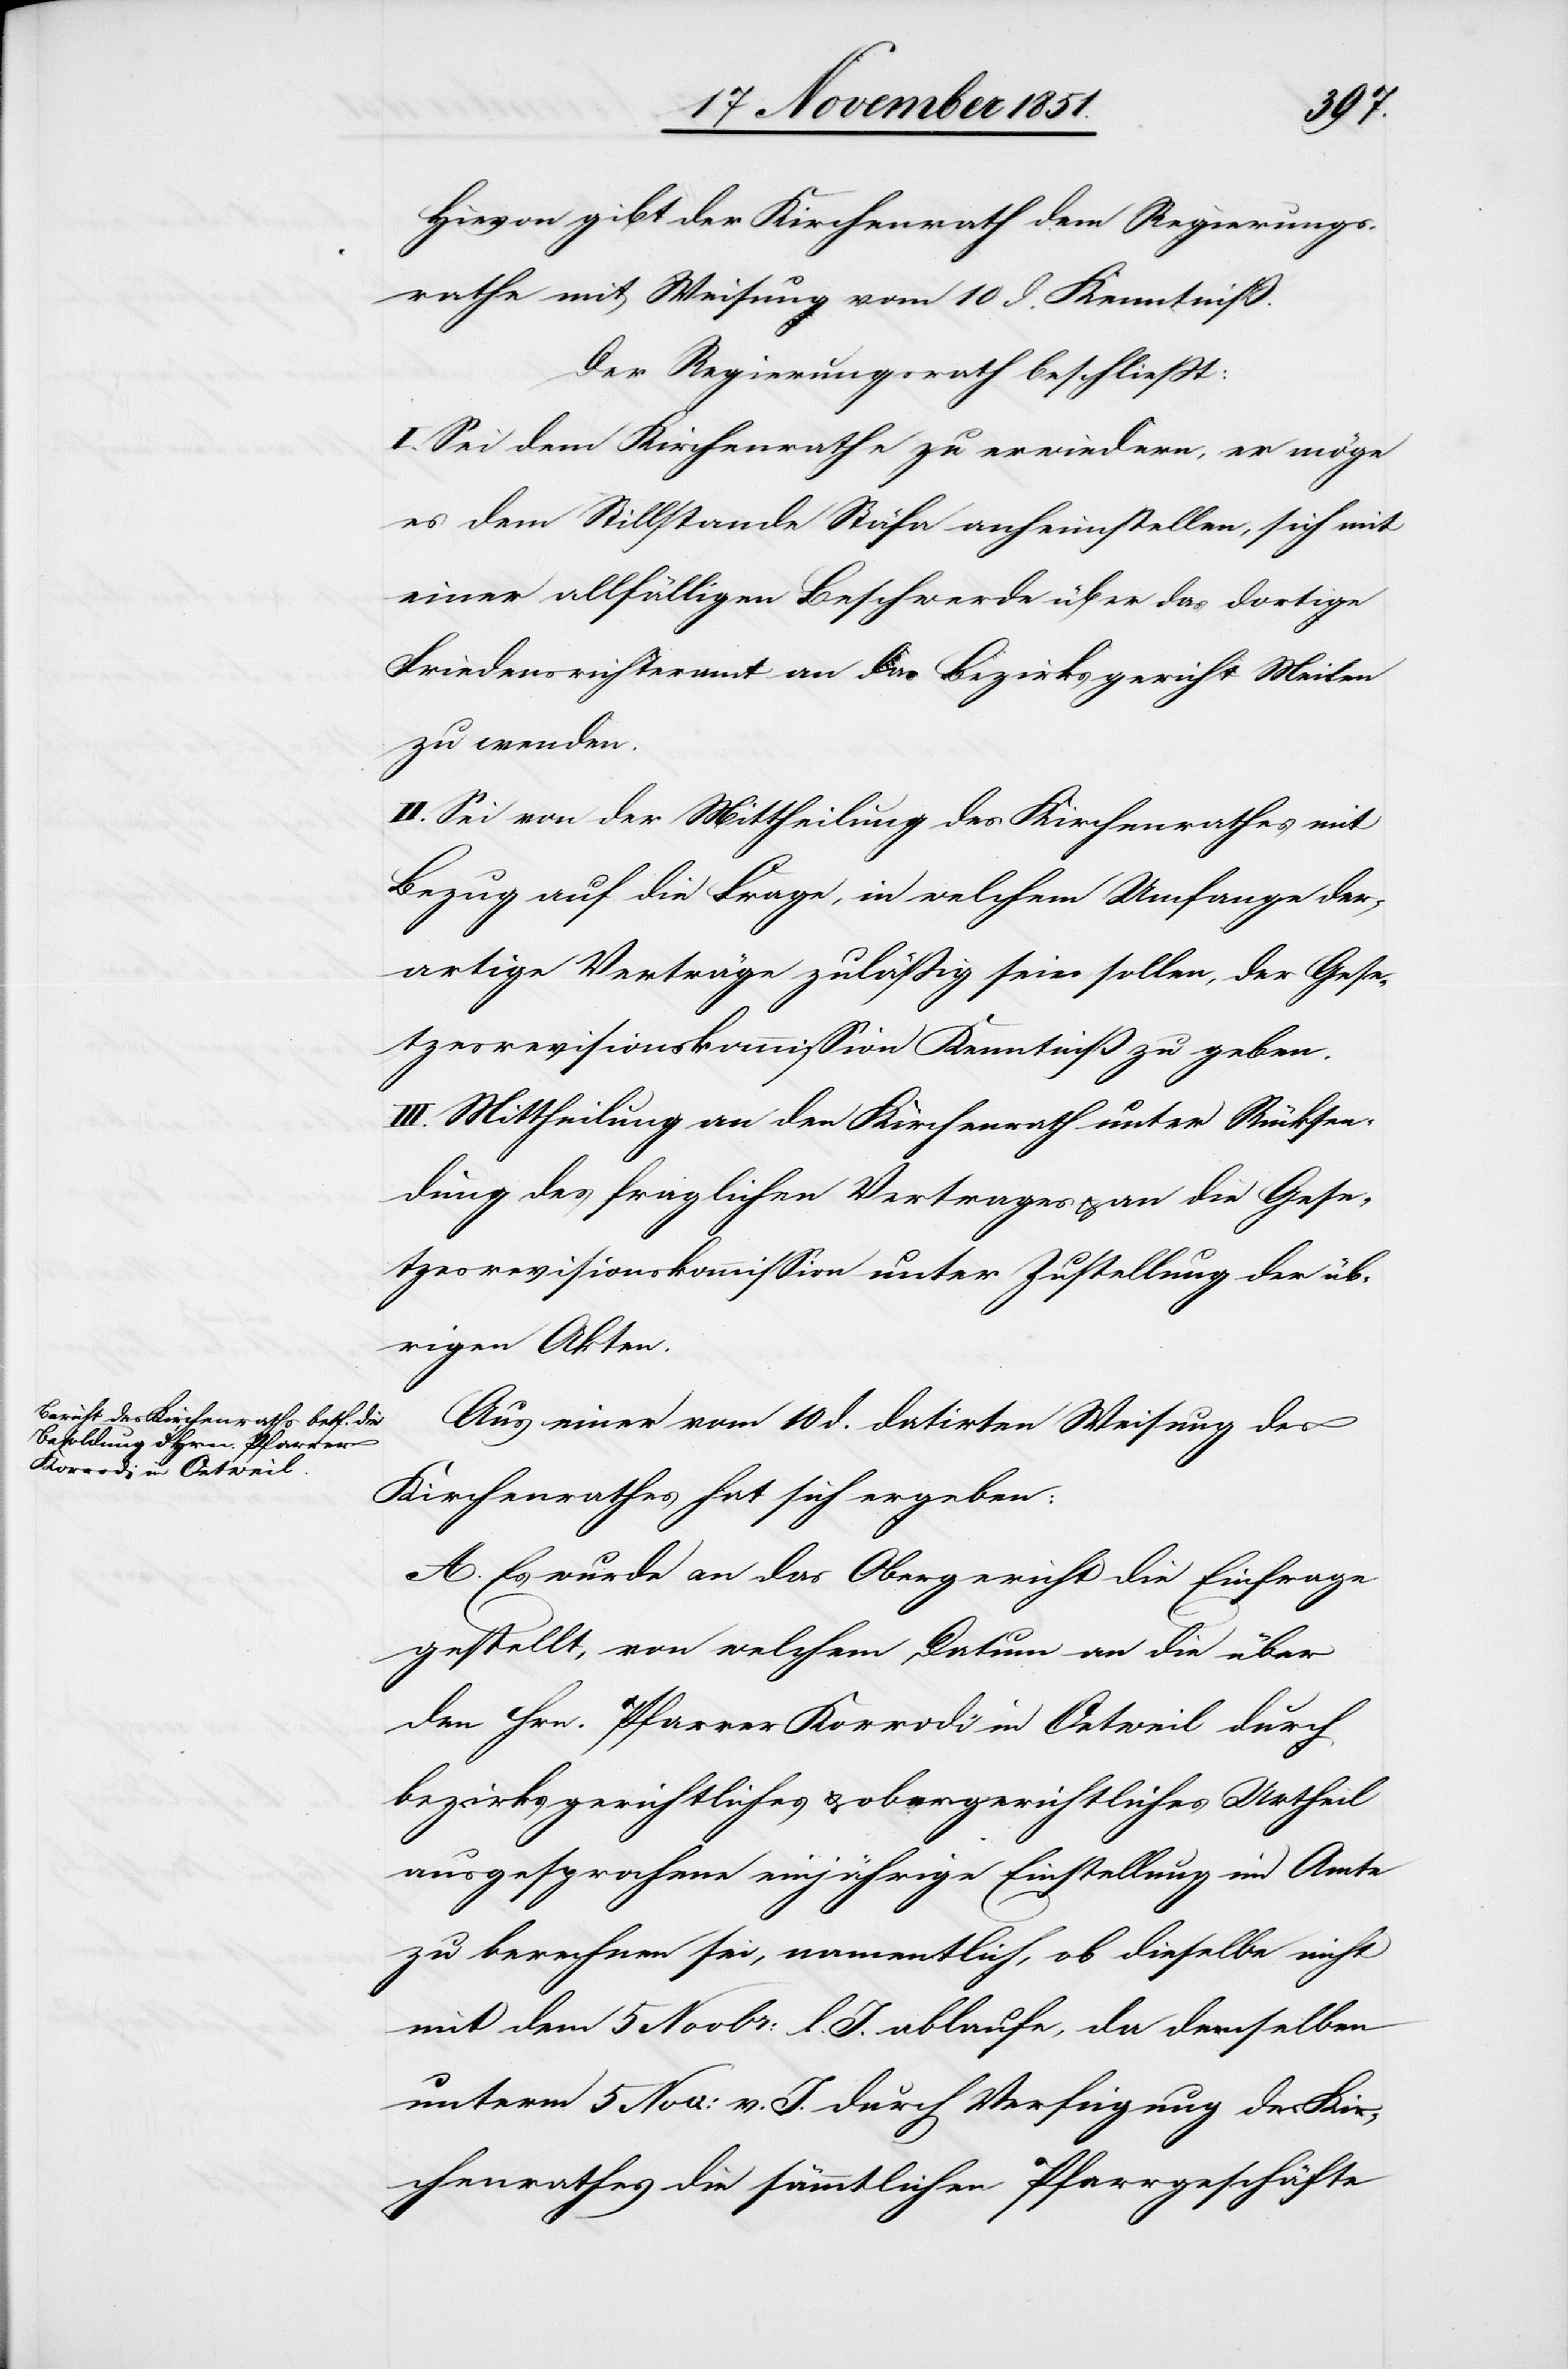
Hievon gibt der Kirchenrath dem Regierungs¬
rathe mit Weisung vom 10 d. Kenntniß.
Der Regierungsrath beschließt:
I. Sei dem Kirchenrathe zu erwiedern, er möge
es dem Stillstande Stäfa anheimstellen, sich mit
einer allfälligen Beschwerde über das dortige
Friedensrichteramt an das Bezirksgericht Meilen
zu wenden.
II. Sei von der Mittheilung des Kirchenrathes mit
Bezug auf die Frage, in welchem Umfange der¬
artige Verträge zuläßig sein sollen, der Gese¬
tzesrevisionskommission Kenntniß zu geben.
III. Mittheilung an den Kirchenrath unter Rücksen¬
dung des fraglichen Vertrages & an die Gese¬
tzesrevisionskommission unter Zustellung der üb¬
rigen Akten.
Aus einer vom 10 d. datirten Weisung des
Kirchenrathes hat sich ergeben:
A. Es wurde an das Obergericht die Einfrage
gestellt, von welchem Datum an die über
den Hrn. Pfarrer Korrodi in Oetweil durch
bezirksgerichtliches & obergerichtliches Urtheil
ausgesprochene einjährige Einstellung im Amte
zu berechnen sei, namentlich, ob dieselbe nicht
mit dem 5 Novbr: l. J. ablaufe, da demselben
unterm 5 Nov: v. J. durch Verfügung des Kir¬
chenrathes die sämmtlichen Pfarrgeschäfte